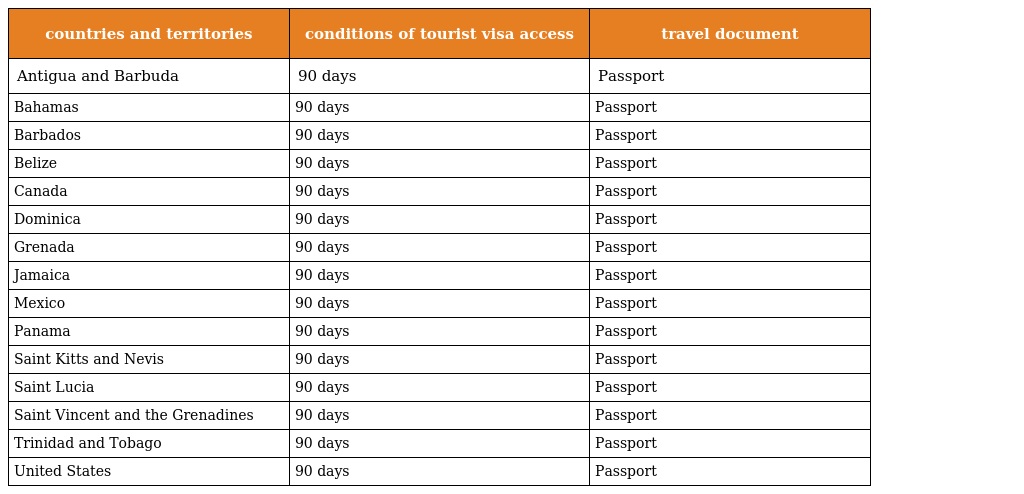
| countries and territories | conditions of tourist visa access | travel document |
 | --- | --- | --- |
 | Antigua and Barbuda | 90 days | Passport |
 | Bahamas | 90 days | Passport |
 | Barbados | 90 days | Passport |
 | Belize | 90 days | Passport |
 | Canada | 90 days | Passport |
 | Dominica | 90 days | Passport |
 | Grenada | 90 days | Passport |
 | Jamaica | 90 days | Passport |
 | Mexico | 90 days | Passport |
 | Panama | 90 days | Passport |
 | Saint Kitts and Nevis | 90 days | Passport |
 | Saint Lucia | 90 days | Passport |
 | Saint Vincent and the Grenadines | 90 days | Passport |
 | Trinidad and Tobago | 90 days | Passport |
 | United States | 90 days | Passport |